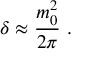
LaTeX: \delta \approx \frac { m _ { 0 } ^ { 2 } } { 2 \pi } \ .